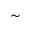
\sim